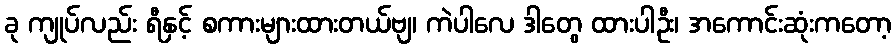
ခု ကျုပ်လည်း ရီနှင့် စကားများထားတယ်ဗျ၊ ကဲပါလေ ဒါတွေ ထားပါဦး၊ အကောင်းဆုံးကတော့